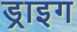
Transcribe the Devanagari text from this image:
ड्राइग